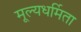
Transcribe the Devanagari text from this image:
मूल्यधर्मिता